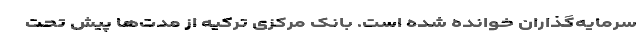
سرمایه‌گذاران خوانده شده است. بانک مرکزی ترکیه از مدت‌ها پیش تحت